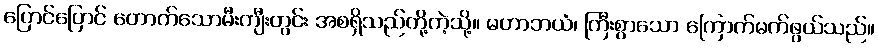
ပြောင်ပြောင် တောက်သောမီးကျီးတွင်း အစရှိသည်တို့ကဲ့သို့။ မဟာဘယံ၊ ကြီးစွာသော ကြောက်မက်ဖွယ်သည်။